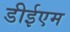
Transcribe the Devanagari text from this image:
डीईएम